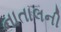
નાતાલની